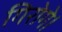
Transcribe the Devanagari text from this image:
गिरोगे।